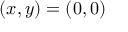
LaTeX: ( x , y ) = ( 0 , 0 )